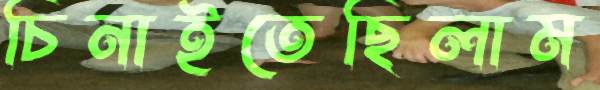
চিনাইতেছিলাম